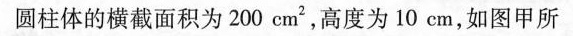
圆柱体的横截面积为200cm2，高度为10cm，如图甲所